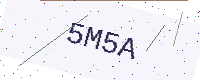
Text: 5M5A